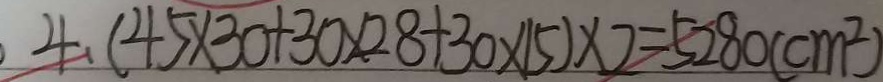
4 . ( 4 5 \times 3 0 + 3 0 \times 2 8 + 3 0 \times 1 5 ) \times 2 = 5 2 8 0 ( c m ^ { 2 } )